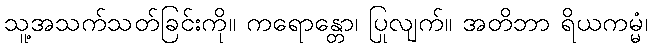
သူ့အသက်သတ်ခြင်းကို။ ကရောန္တော၊ ပြုလျက်။ အတိဘာ ရိယကမ္မံ၊